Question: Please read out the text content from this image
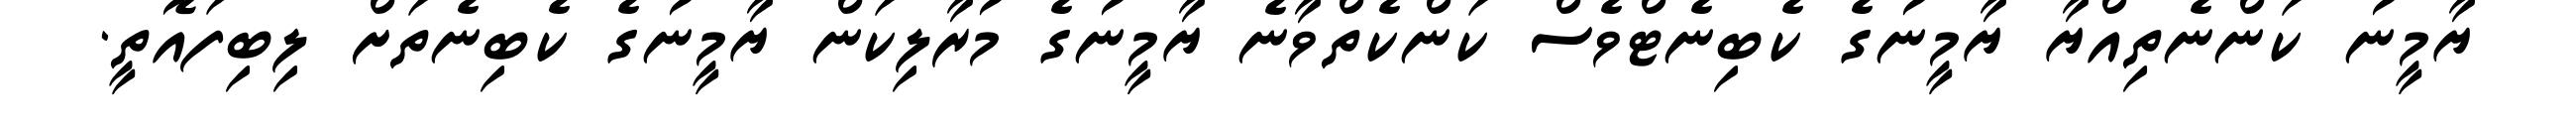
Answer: ޔާމީނު ކަންނެތިއްޔާ ޔާމީނުގެ ކެބިނެޓްވެސް ކަންކެތްވާނެ ޔާމީނުގެ މުރާލިކަން ޔާމީނުގެ ކެބިނެތަށް ލިބިފައޮތީ.